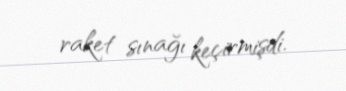
raket sınağı keçirmişdi.